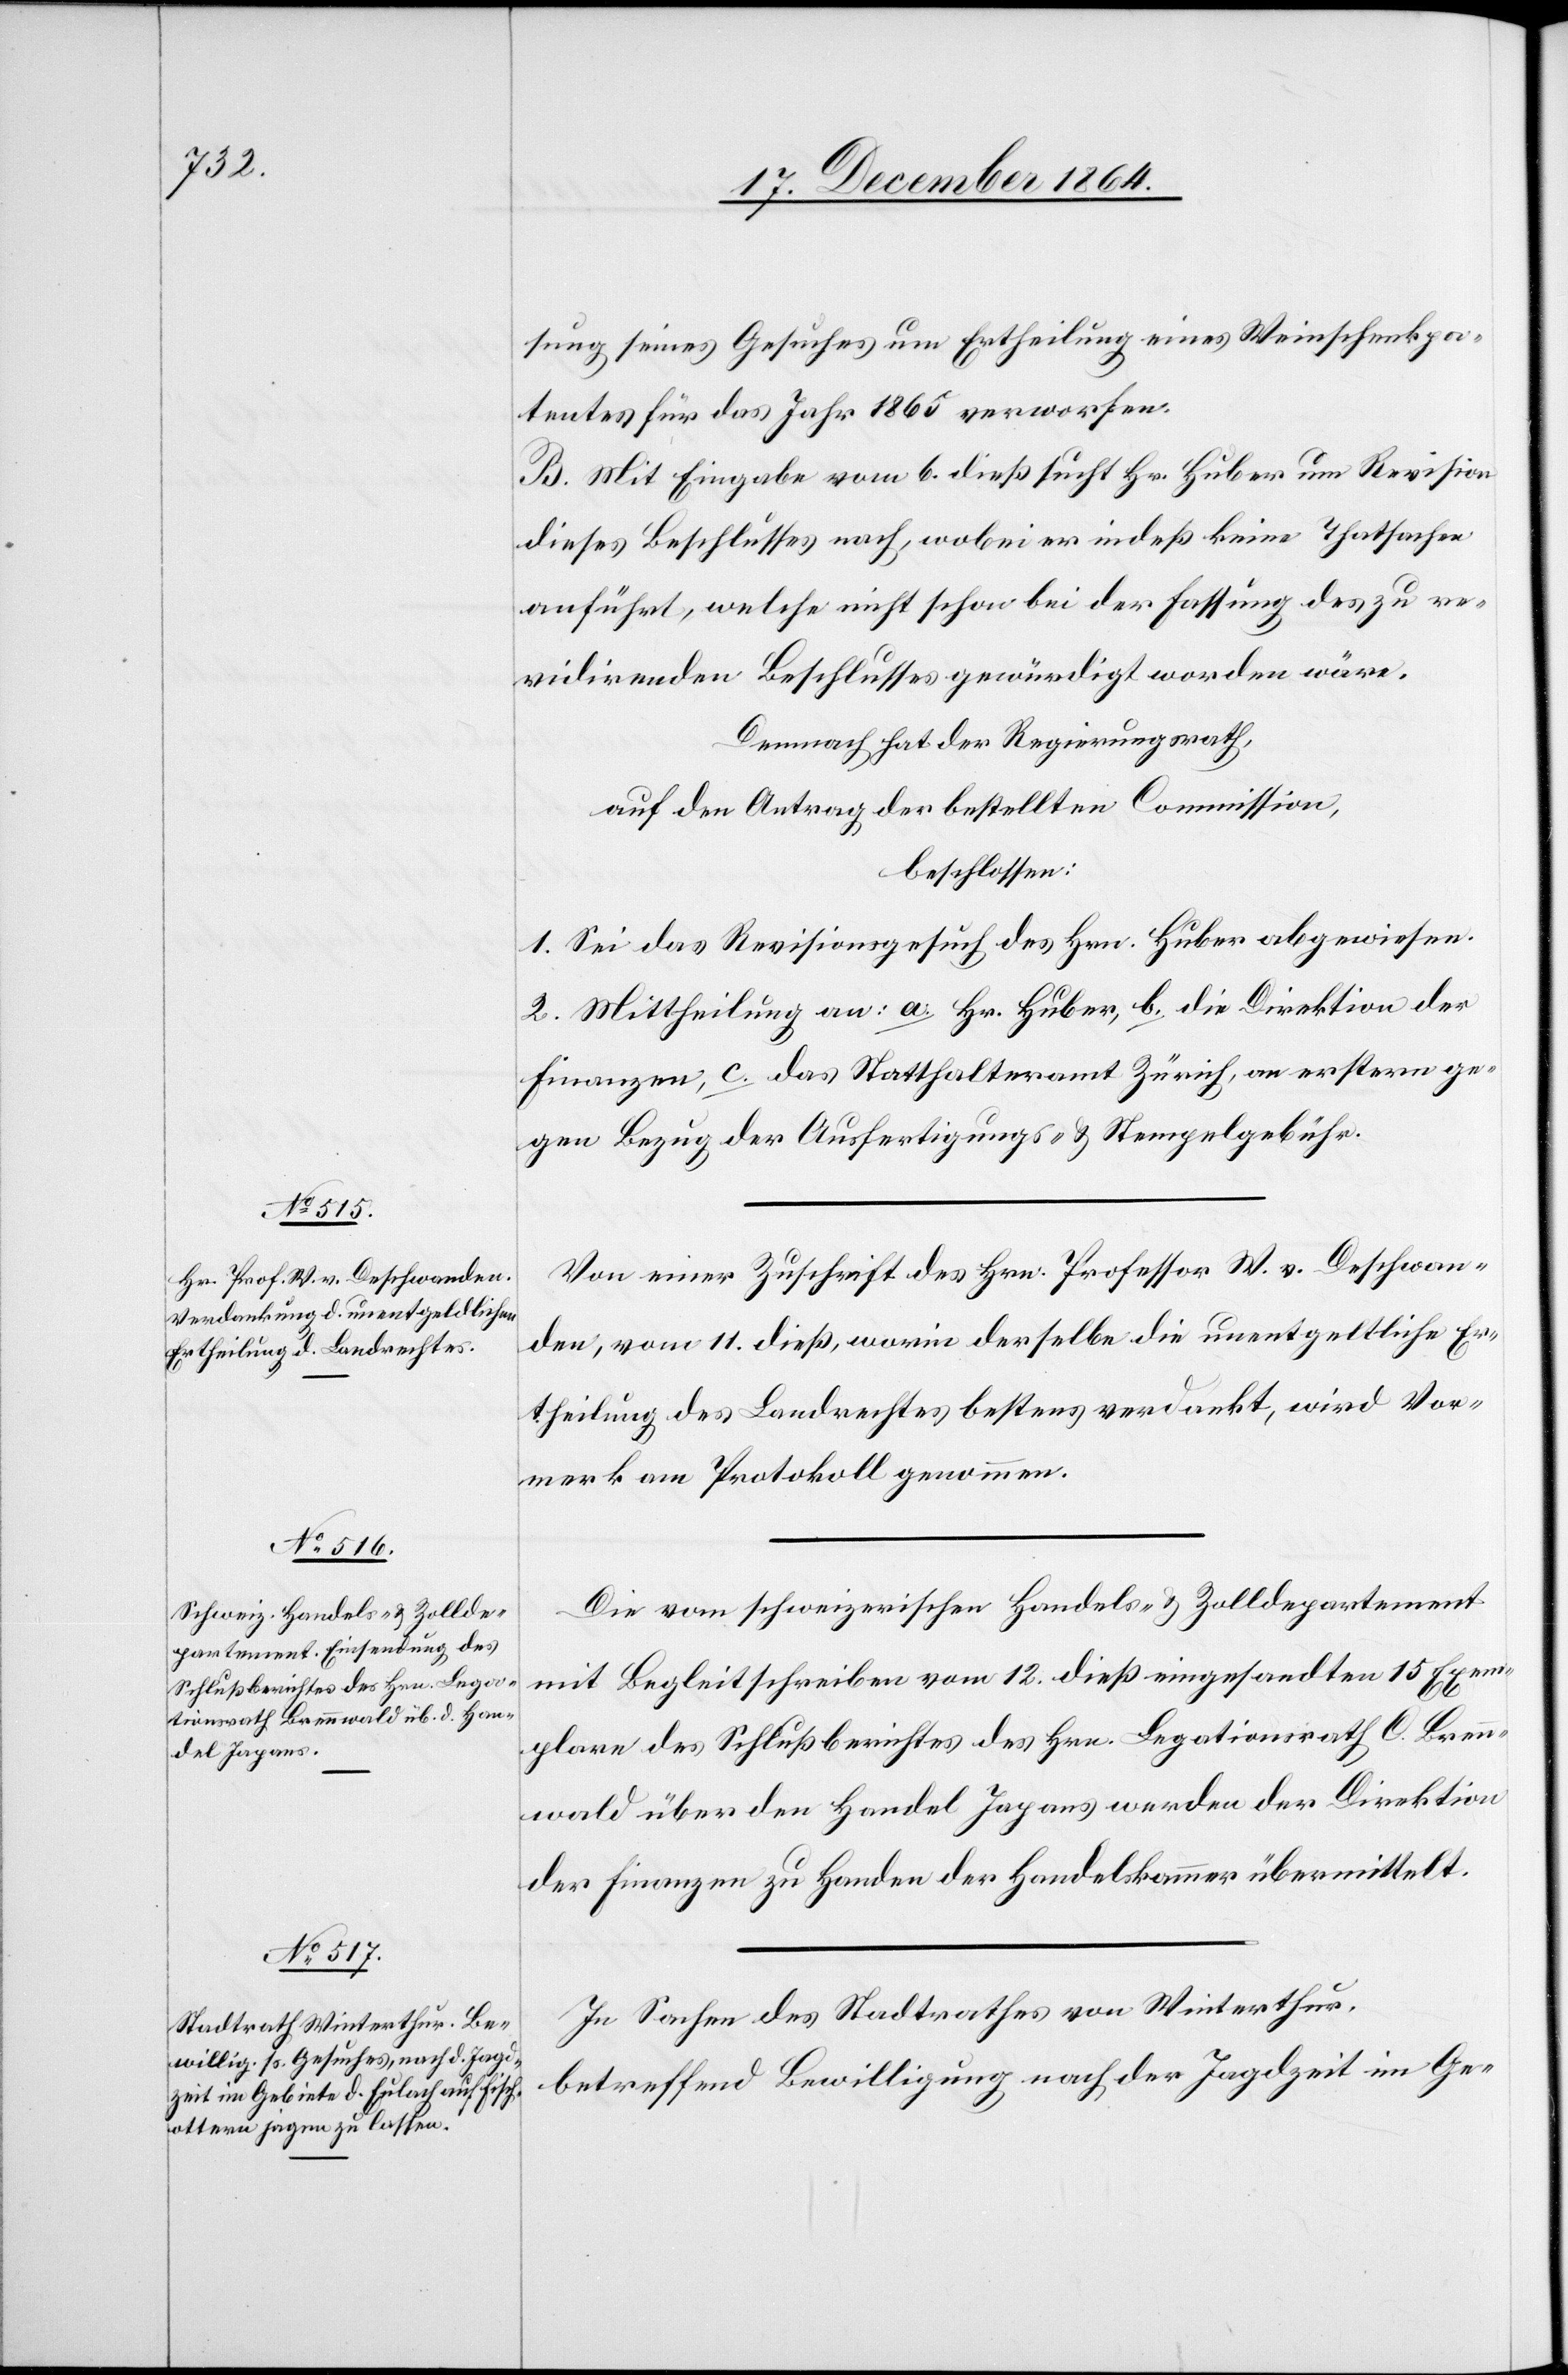
sung seines Gesuches um Ertheilung eines Weinschenkpa¬
tentes für das Jahr 1865 verworfen.
B. Mit Eingabe vom 6. dieß sucht Hr. Huber um Revision
dieses Beschlusses nach, wobei er indeß keine Thatsachen
anführt, welche nicht schon bei der Fassung des zu re¬
vidirenden Beschlusses gewürdigt worden wäre[n].
Demnach hat der Regierungsrath,
auf den Antrag der bestellten Commission,
beschlossen:
1. Sei das Revisionsgesuch des Hrn. Huber abgewiesen.
2. Mittheilung an: a. Hr. Huber, b. die Direktion der
Finanzen, c. das Statthalteramt Zürich, an erstern ge¬
gen Bezug der Ausfertigungs- & Stempelgebühr.
Von einer Zuschrift des Hrn. Professor W. v. Deschwan¬
den, vom 11. dieß, worin derselbe die unentgeltliche Er¬
theilung des Landrechtes bestens verdankt, wird Vor¬
merk am Protokoll genommen.
Die vom schweizerischen Handels- & Zolldepartement
mit Begleitschreiben vom 12. dieß eingesandten 15 Exem¬
plare des Schlußberichtes des Hrn. Legationsrath O. Brenn¬
wald über den Handel Japans werden der Direktion
der Finanzen zu Handen der Handelskammer übermittelt.
In Sachen des Stadtrathes von Winterthur,
betreffend die Bewilligung nach der Jagdzeit im Ge-